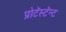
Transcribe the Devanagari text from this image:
प्रोटॅस्टॅन्ट